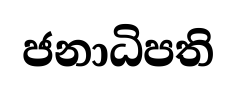
ජනාධිපති